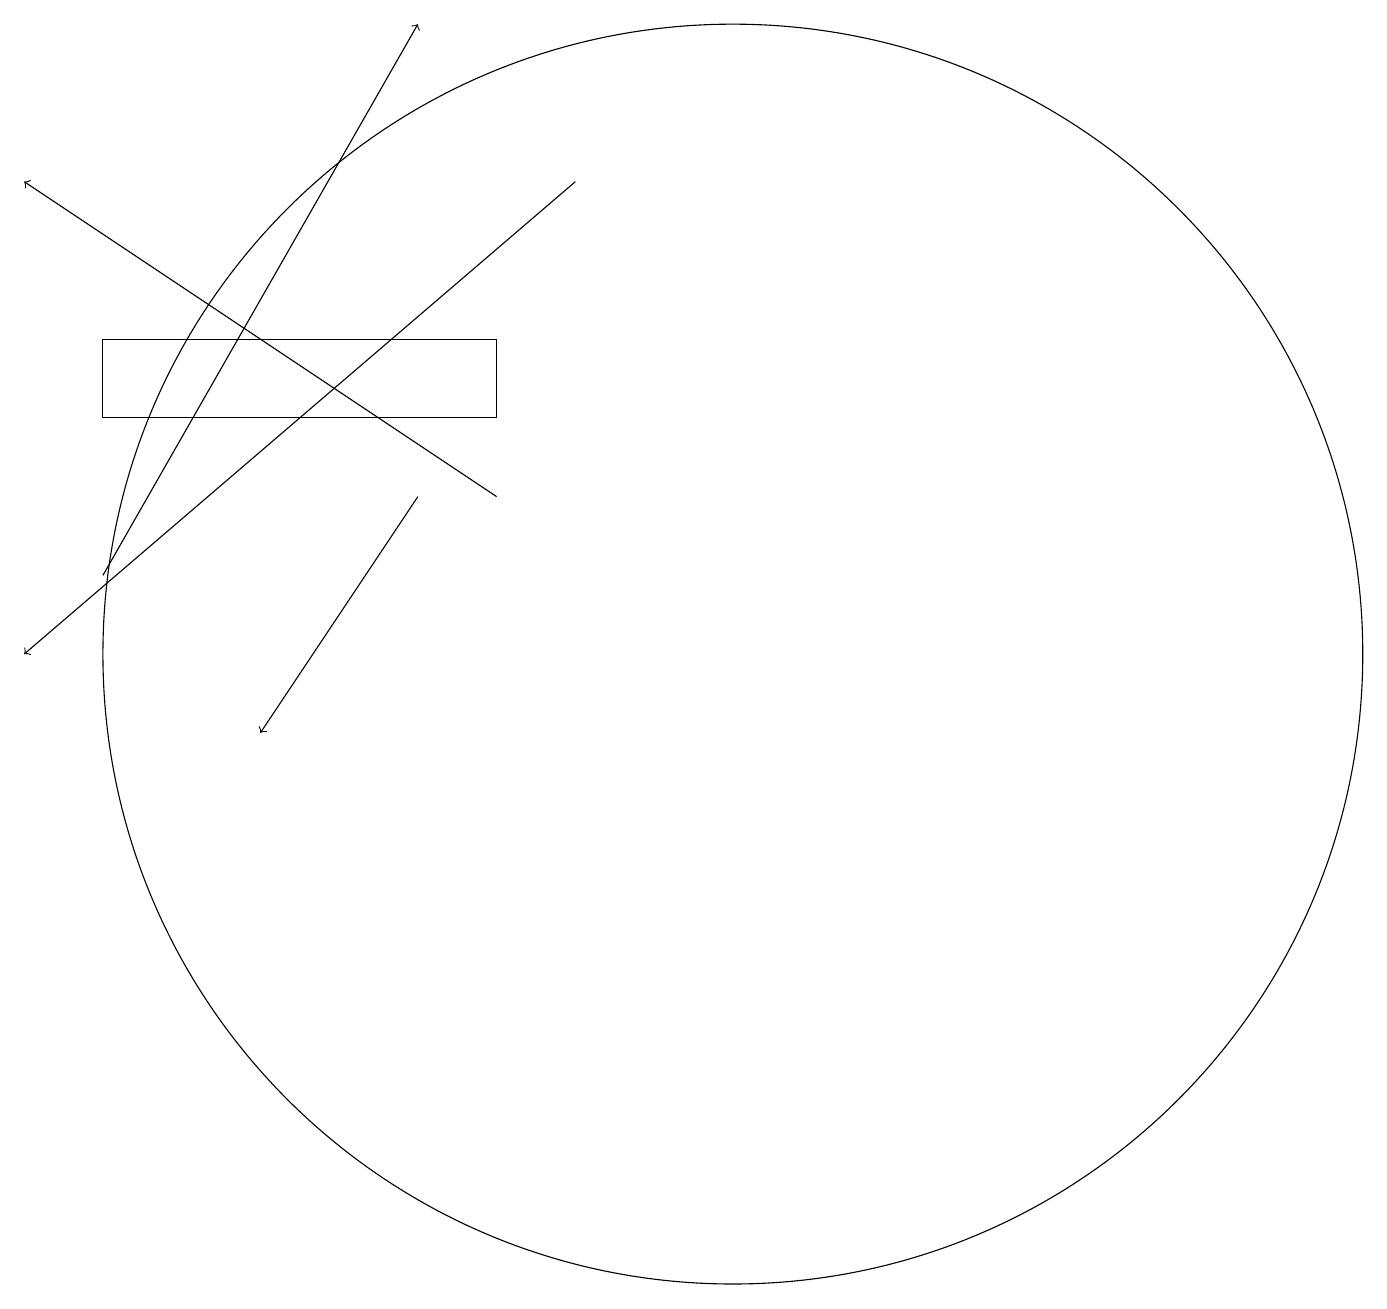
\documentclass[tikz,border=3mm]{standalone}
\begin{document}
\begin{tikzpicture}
\draw (2,15) rectangle (7,14);
\draw[->] (6,13) -- (4,10);
\draw (10,11) circle (8);
\draw[->] (2,12) -- (6,19);
\draw[->] (7,13) -- (1,17);
\draw[->] (8,17) -- (1,11);
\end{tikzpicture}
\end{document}